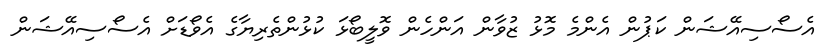
އެސޯސިއޭޝަން ކަޕުން އެންމެ މޮޅު ޒުވާން އަންހެން ވޮލީބޯޅަ ކުޅުންތެރިޔާގެ އެވޯޑަށް އެސޯސިއޭޝަން